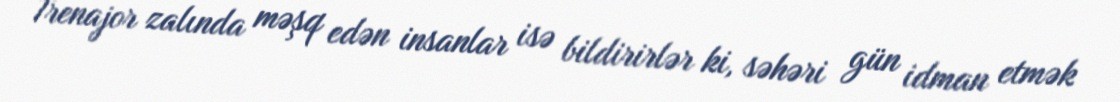
Trenajor zalında məşq edən insanlar isə bildirirlər ki, səhəri gün idman etmək